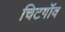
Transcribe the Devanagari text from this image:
चिटगॉव